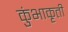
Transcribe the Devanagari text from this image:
कुंभाकृती